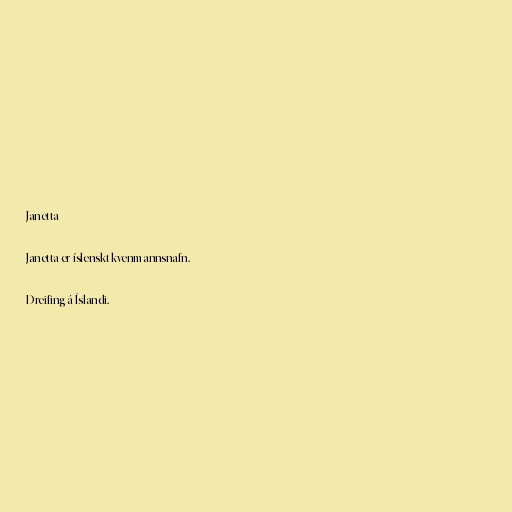
Janetta

Janetta er íslenskt kvenmannsnafn.

Dreifing á Íslandi.